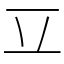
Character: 𰀆